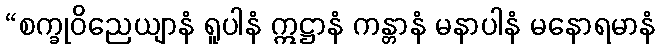
“စက္ခုဝိညေယျာနံ ရူပါနံ ဣဋ္ဌာနံ ကန္တာနံ မနာပါနံ မနောရမာနံ